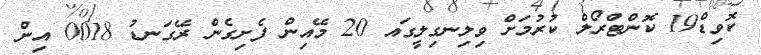
ކޮވިޑް19 ކޮންޓްރޯލް ކުރުމަށް ވިލިނގިލީގައ 20 މޭއިން ފެށިގެން ރޭގަނޑު 0018 އިން